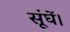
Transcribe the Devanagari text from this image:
सूंघें।